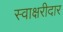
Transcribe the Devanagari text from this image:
स्वाक्षरीदार